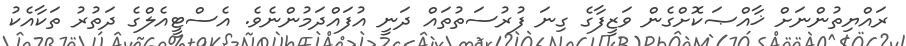
ރައްޔިތުންނަށް ޚާއްޞަކޮށްގެން ވަޒީފާގެ ގިނަ ފުރުސަތުތައް ދަނީ އުފައްދަމުންނެވެ. އެސްޓީއެލްގެ ދަތުރު ތަކާއެކު